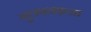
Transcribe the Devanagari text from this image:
गुलबनफ़सा